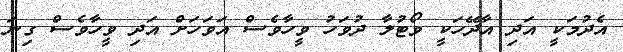
އެދުމަކީ އަދި އާދޭހަކީ ވޯޓުލާ ދުވަހު ވީހާވެސް އަވަހަށް އަދި ވީހާވެސް ގިނަ